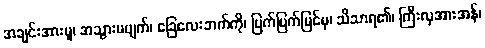
အချင်းအားမူ၊ အသွားမပျက်၊ ခြေလေးဘက်ကို၊ ပြက်ပြက်မြင်မှ၊ သိသာရ၏၊ ကြီးလှအားအန်၊